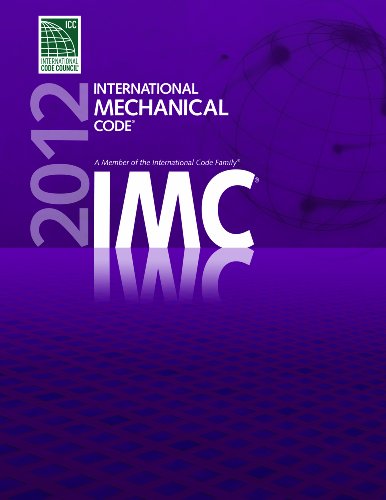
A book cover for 2012 International Mechanical Code (International Code Council Series); International Code Council; Engineering & Transportation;